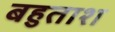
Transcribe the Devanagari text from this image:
बहुताश